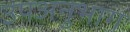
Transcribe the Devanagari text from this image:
उपअनुभाग